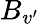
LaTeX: B_{v^{\prime}}